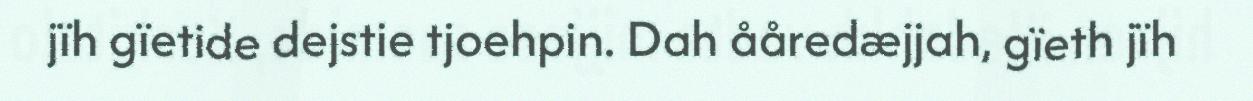
jïh gïetide dejstie tjoehpin. Dah ååredæjjah, gïeth jïh